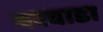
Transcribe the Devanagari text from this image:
बरवाडा